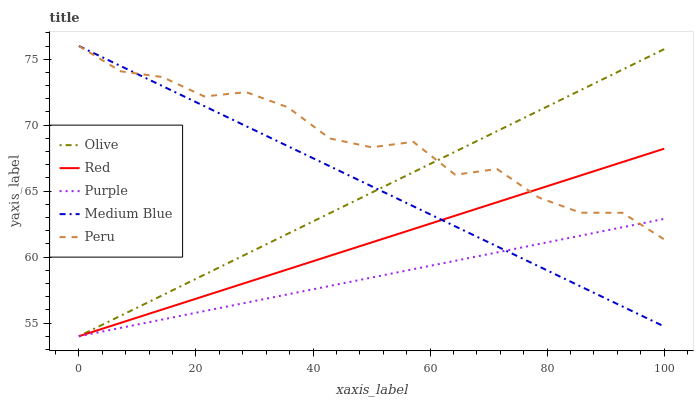
| xaxis_label | Olive | Red | Purple | Medium Blue | Peru |
 | --- | --- | --- | --- | --- | --- |
 | 0 | 54 | 54 | 54 | 76 | 76 |
 | 7.14 | 55.6 | 55 | 54.6 | 74.5 | 74.1 |
 | 14.3 | 57.1 | 56 | 55.3 | 73 | 73.6 |
 | 21.4 | 58.7 | 57 | 55.9 | 71.4 | 72.2 |
 | 28.6 | 60.2 | 58.1 | 56.5 | 69.9 | 72.5 |
 | 35.7 | 61.8 | 59.1 | 57.2 | 68.4 | 71.4 |
 | 42.9 | 63.3 | 60.1 | 57.8 | 66.9 | 69 |
 | 50 | 64.9 | 61.1 | 58.4 | 65.4 | 68.3 |
 | 57.1 | 66.4 | 62.1 | 59.1 | 63.9 | 68.7 |
 | 64.3 | 68 | 63.1 | 59.7 | 62.3 | 66.2 |
 | 71.4 | 69.5 | 64.2 | 60.4 | 60.8 | 66.7 |
 | 78.6 | 71.1 | 65.2 | 61 | 59.3 | 64.5 |
 | 85.7 | 72.7 | 66.2 | 61.6 | 57.8 | 63.4 |
 | 92.9 | 74.2 | 67.2 | 62.3 | 56.3 | 63.4 |
 | 100 | 75.8 | 68.2 | 62.9 | 54.7 | 61.3 |